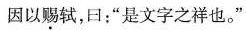
因以赐轼，曰：”是文字之祥也。